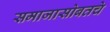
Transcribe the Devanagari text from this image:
समाजासोबतचे